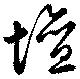
壇